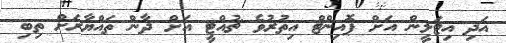
އަދި އިޓަލީން އަށް ޕޮއިންޓް އިތުރުވެ ޗުއްޓީ އަށް ދާން ތައްޔާރަށް ތިބި